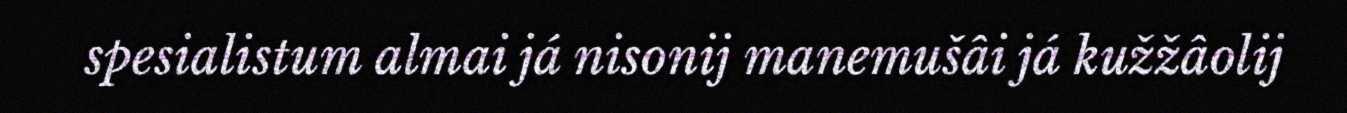
spesialistum almai já nisonij manemušâi já kužžâolij